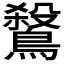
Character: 𪄅